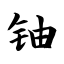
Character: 铀